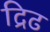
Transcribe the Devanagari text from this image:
द्रिढ